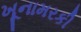
ખૂનામરકી